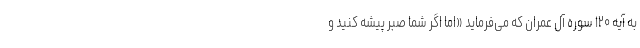
به آیه ۱۲۰ سوره آل عمران که می‌فرماید «اما اگر شما صبر پیشه کنید و